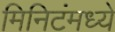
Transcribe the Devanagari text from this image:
मिनिटंमध्ये